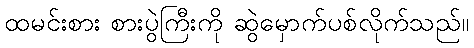
ထမင်းစား စားပွဲကြီးကို ဆွဲမှောက်ပစ်လိုက်သည်။